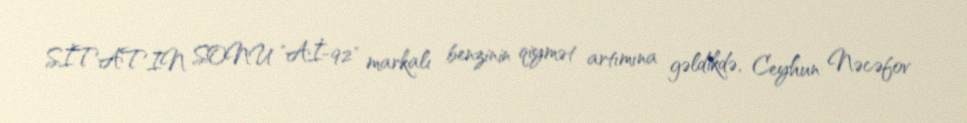
SİTATIN SONU "Aİ-92" markalı benzinin qiymət artımına gəldikdə, Ceyhun Nəcəfov